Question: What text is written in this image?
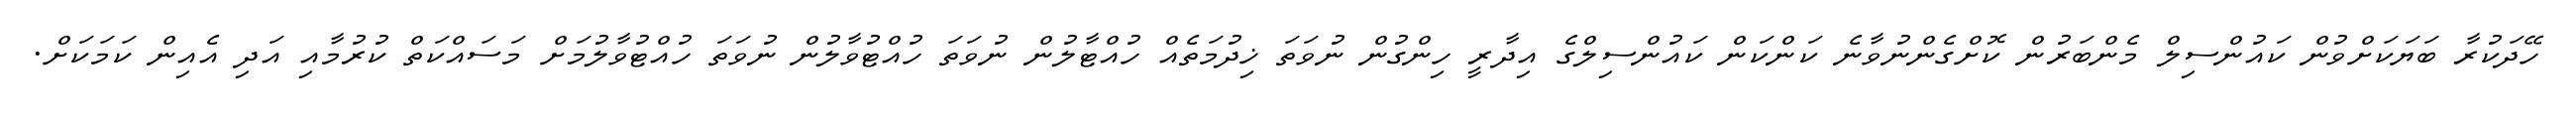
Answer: ހޭދަކުރާ ބަޔަކަށްވުން ކައުންސިލް މެންބަރުން ކޮށްގެންނުވާނެ ކަންކަން ކައުންސިލްގެ އިދާރީ ހިންގުން ނުވަތަ ޚިދުމަތެއް ހުއްޓާލުން ނުވަތަ ހުއްޓުވާލުން ނުވަތަ ހުއްޓުވާލުމަށް މަސައްކަތް ކުރުމާއި އަދި އެއިން ކަމަކަށް.